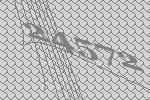
24572